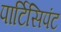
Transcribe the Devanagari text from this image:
पार्टिसिपंट